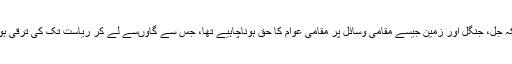
جبکہ جل، جنگل اور زمین جیسے مقامی وسائل پر مقامی عوام کا حق ہوناچاہیے تھا، جس سے گاؤںسے لے کر ریاست تک کی ترقی ہوتی۔